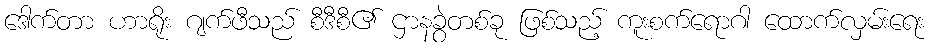
ဒေါက်တာ ဟာရိုး ဂျက်ဖီသည် စီဒီစီ၏ ဌာနခွဲတစ်ခု ဖြစ်သည့် ကူးစက်ရောဂါ ထောက်လှမ်းရေး